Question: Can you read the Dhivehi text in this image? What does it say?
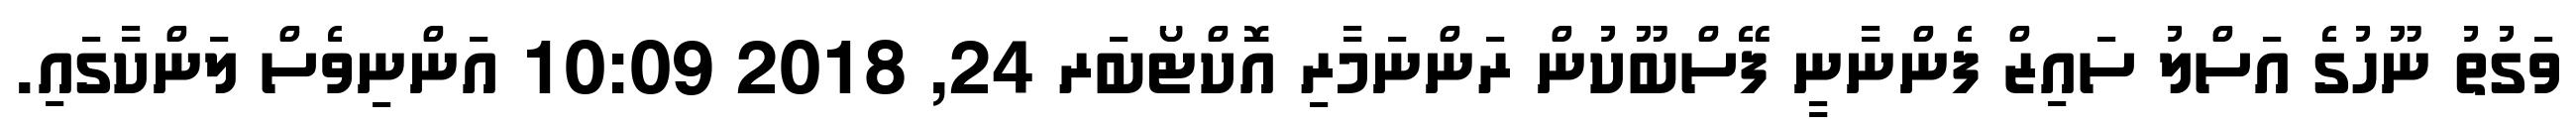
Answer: ވަގުތު ނޫހުގެ އަސްލު ސައިޒް ފެންނާނީ ފޭސްބޫކުން ރަންނަމާރި އޮކްޓޯބަރ 24, 2018 10:09 އަންނިވެސް ލަންކާގައި.